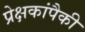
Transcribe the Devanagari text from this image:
प्रेक्षकांपैकी